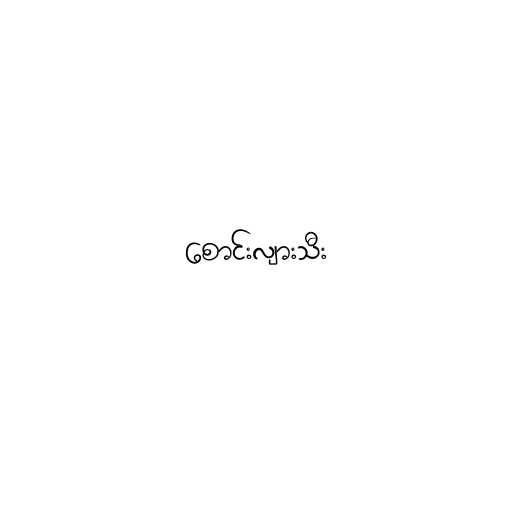
စောင်းလျားသီး